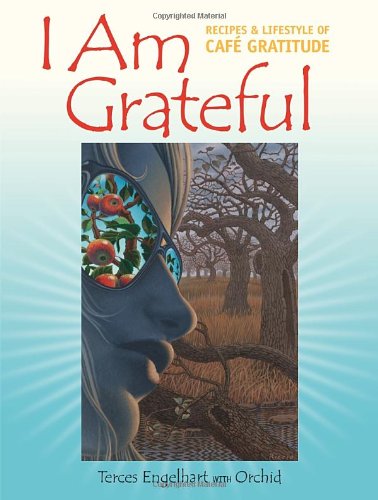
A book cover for I Am Grateful: Recipes and Lifestyle of Cafe Gratitude; Terces Engelhart; Cookbooks, Food & Wine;